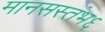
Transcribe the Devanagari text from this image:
मानसस्तंभ६